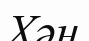
Хән